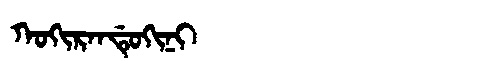
Manchu: ᡴᠣᡴᡳᡵᠠᠨᡩᡠᡴᡳᠨᡳ
Romanization: KOKIRANDUKINI